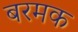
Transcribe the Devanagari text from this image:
बरमक